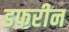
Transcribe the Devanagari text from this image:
डफरीन